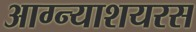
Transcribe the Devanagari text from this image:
आग्न्याशयरस